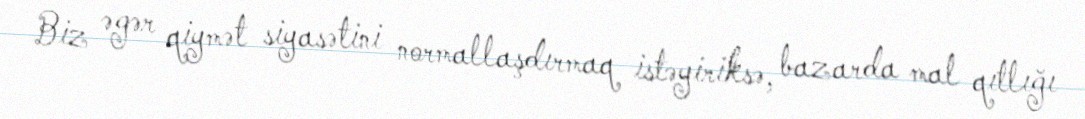
Biz əgər qiymət siyasətini normallaşdırmaq istəyiriksə, bazarda mal qıtlığı